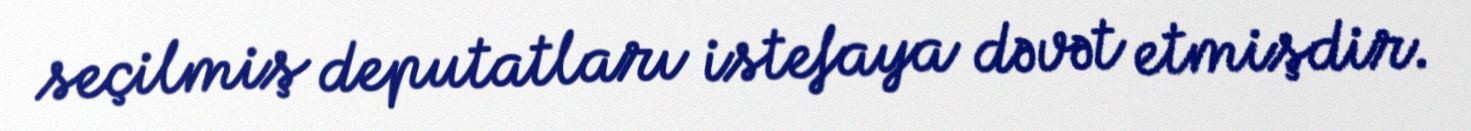
seçilmiş deputatları istefaya dəvət etmişdir.